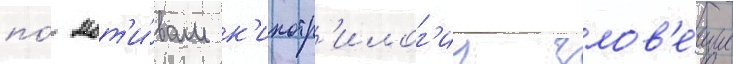
по́ мот'и́вам к'инотр'илог'ии злов'е́щие